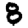
Digit: 8